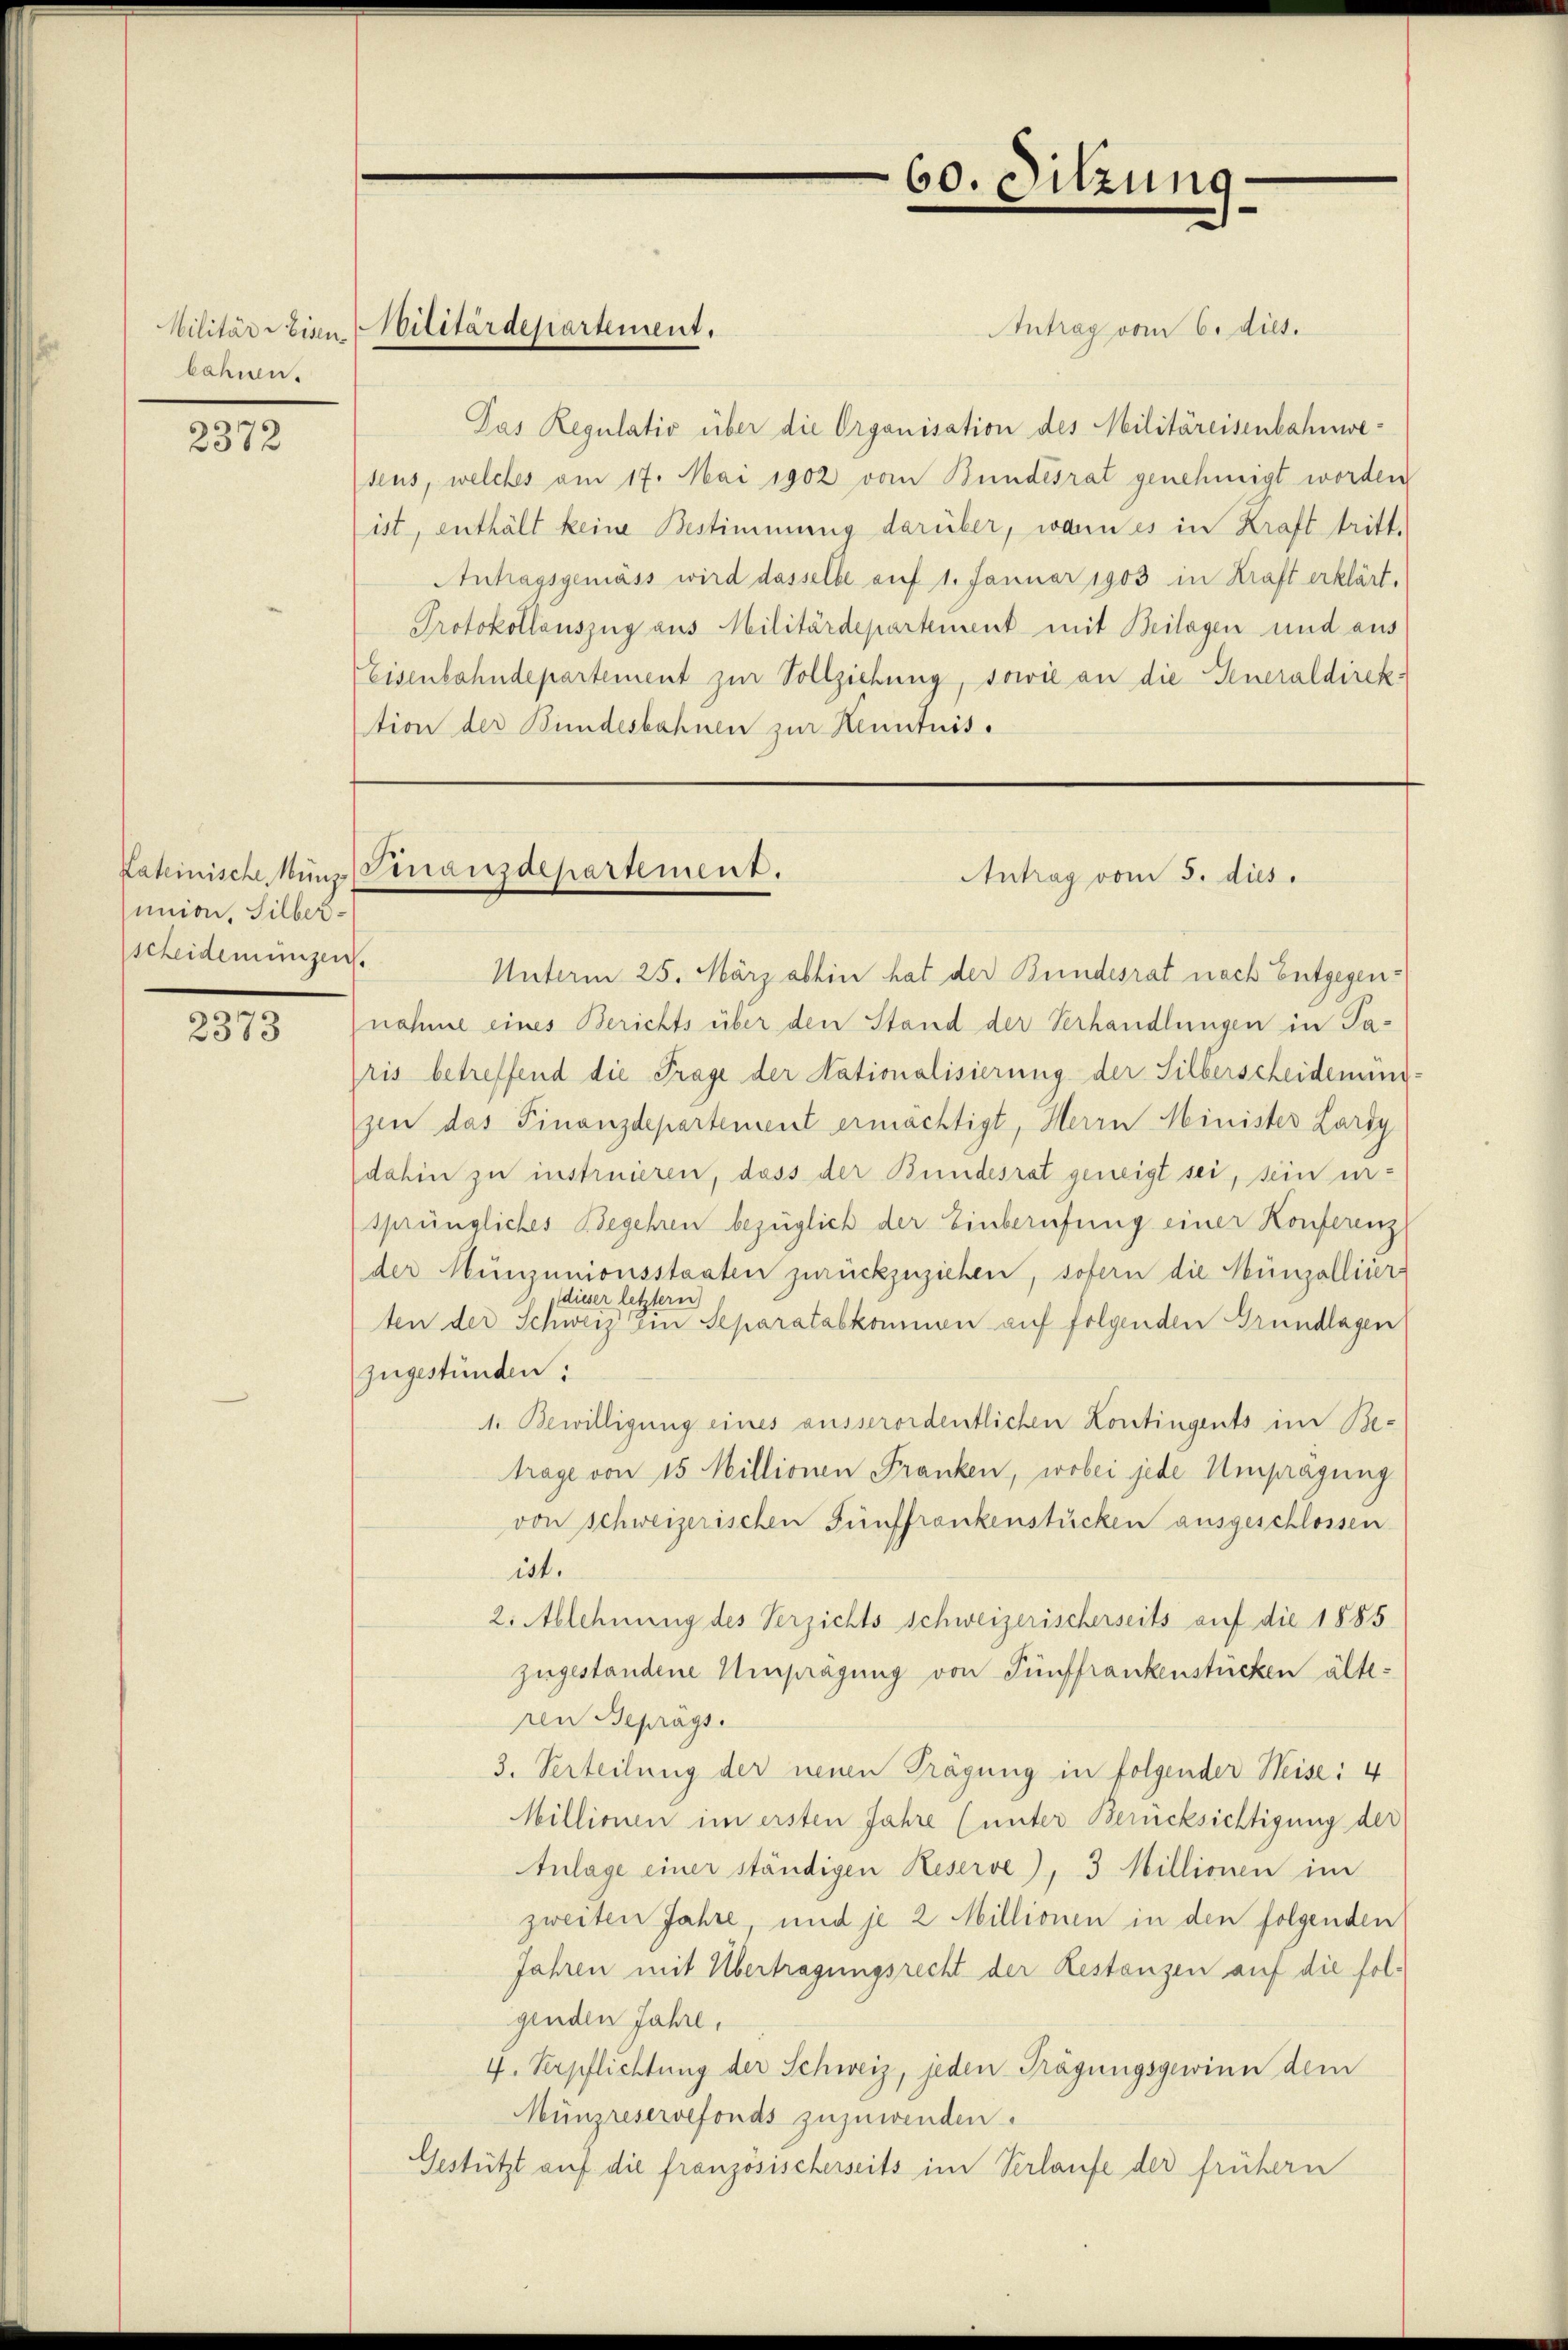
Militär Reisen.
bahnen.

2372

union, Silberscheidemungen.

2373

Militärdepartement.

Antrag vom 6. dies.
Pas Regulativ über die Organisation des Militäreisenbahnwe-
teus, welches am 17. Mai 1902 vom Bundesrat genehmigt worden
ist, enthält keine Bestimmung darüber, wann es in Kraft tritt.
Antragsgemäss wird dasselbe auf 1. Januar 1903 in Kraft erklärt.
Protokollauszug aus Militärdepartement mit Beilagen und aus
Eisenbahndepartement zur Vollziehung, sowie an die Generaldirektion der Bundesbahnen zur Kenntnis.

60. Sitzung.

Kateinische Münz Finanzdepartement.
Antrag vom 5. dies

Unterm 25. März abhin hat der Bundesrat nach Entgegennahme eines Berichts über den Stand der Verhandlungen in Paris betreffend die Frage der Nationalisierung der Silberscheidenung
zin das Finanzdepartement ermächtigt, Herrn Minister Lardy
dahin zu instruieren, dass der Bundesrat geneigt sei, sein ur-
sprüngliches Begehren bezüglich der Einberufung einer Konferenz
der Münzunionsstaaten zurückzuziehen, sofern die Münzolliser
dieser letztern
ten der Schweiz Ein Separatabkommen auf folgenden Grundlagen
zugestünden:
1. Bewilligung eines ausserordentlichen Kontingents im Be-
trage von 15 Millionen Franken, wobei jede Umpragung
von schweizerischen Fünffrankenstücken ausgeschlossen
ist.
2. Ablehnung des Verzichts schweizerischerseits auf die 1885
zugestandene Umprägung von Fünffrankenstücken älte:
ren Reprägs.
3. Verteilung der neuen Trägung in folgender Heise: 4
Millionen im ersten Jahre (unter Berücksichtigung des
Anlage einer ständigen Keserve), 3 Millionen im
zweiten Jahre, und je 2 Millionen in den folgenden
Jahren mit Übertragungsrecht der Restenzen auf die folgenden Jahre,
4. Verpflichtung der Schweiz, jeden Trägungsgewinn dem
Münzreservefonds zuzuwenden.
Gestützt auf die französischerseits im Verlaufe der frühern